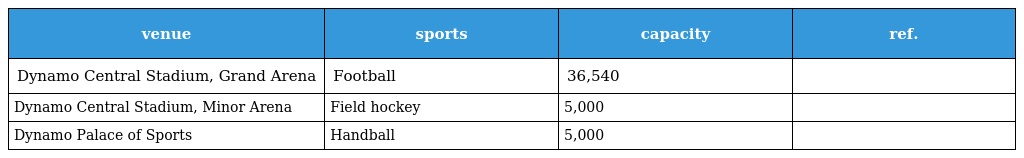
| venue | sports | capacity | ref. |
 | --- | --- | --- | --- |
 | Dynamo Central Stadium, Grand Arena | Football | 36,540 |  |
 | Dynamo Central Stadium, Minor Arena | Field hockey | 5,000 |  |
 | Dynamo Palace of Sports | Handball | 5,000 |  |